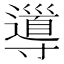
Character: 𡭎